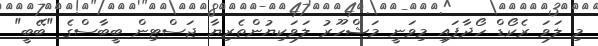
މި ލަވަ ރެކޯޑް ހޯދާފައި މިވަނީ މަޝްހޫރު ލަވަކިޔުންތެރިޔާ ޖަސްޓިން ބީބާސްގެ "ބޭބީ"